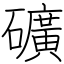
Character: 礦